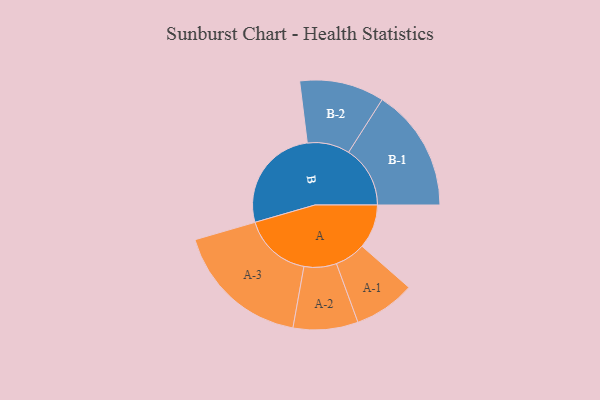
{"axis": {"x": "Segment", "y": "Value"}, "legend": ["", "A", "B"], "data": [{"x": "A", "y": 147, "type": ""}, {"x": "B", "y": 353, "type": ""}, {"x": "A-1", "y": 102, "type": "A"}, {"x": "A-2", "y": 108, "type": "A"}, {"x": "A-3", "y": 227, "type": "A"}, {"x": "B-1", "y": 205, "type": "B"}, {"x": "B-2", "y": 141, "type": "B"}]}